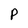
Character: P